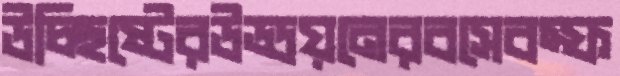
উচ্ছিষ্টেরউড্ডয়নেরবসেবস্ফ